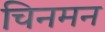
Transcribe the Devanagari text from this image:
चिनमन